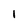
Character: l